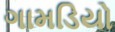
ગામડિયો